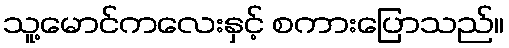
သူ့မောင်ကလေးနှင့် စကားပြောသည်။